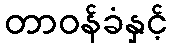
တာဝန်ခံနှင့်